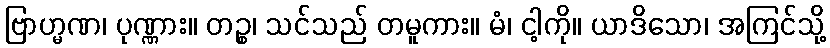
ဗြာဟ္မဏ၊ ပုဏ္ဏား။ တဉ္စ၊ သင်သည် တမူကား။ မံ၊ ငါ့ကို။ ယာဒိသော၊ အကြင်သို့